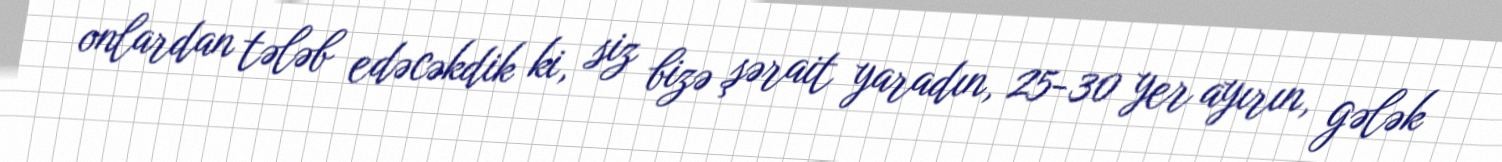
onlardan tələb edəcəkdik ki, siz bizə şərait yaradın, 25-30 yer ayırın, gələk